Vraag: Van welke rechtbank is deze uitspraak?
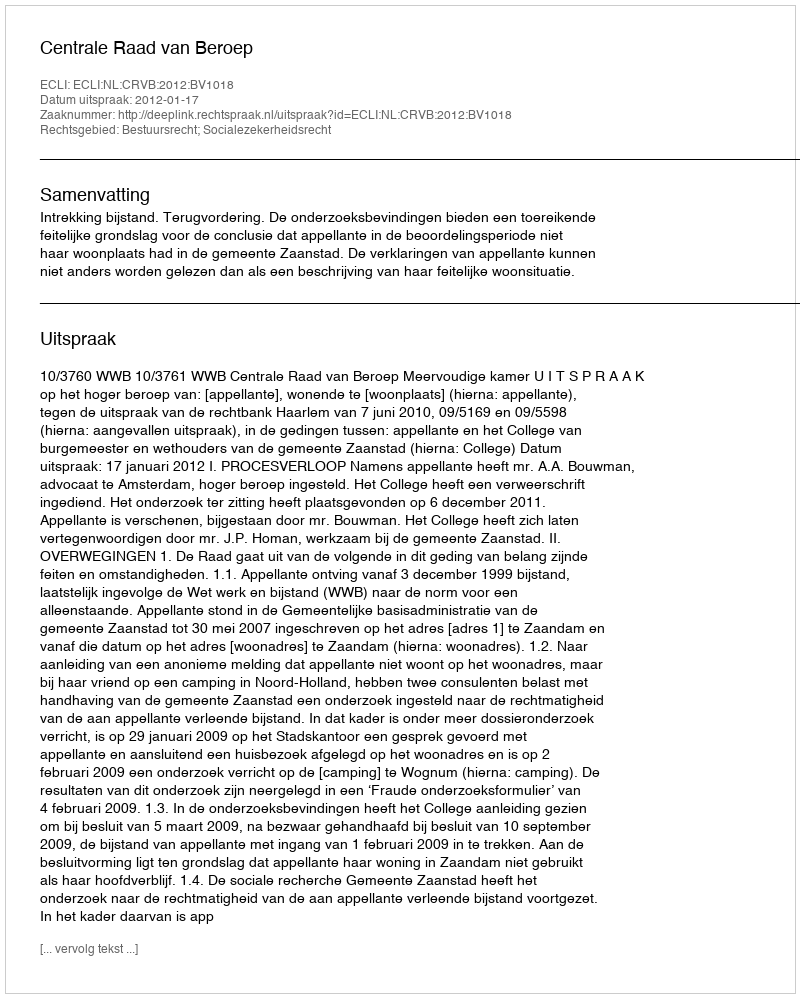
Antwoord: Centrale Raad van Beroep